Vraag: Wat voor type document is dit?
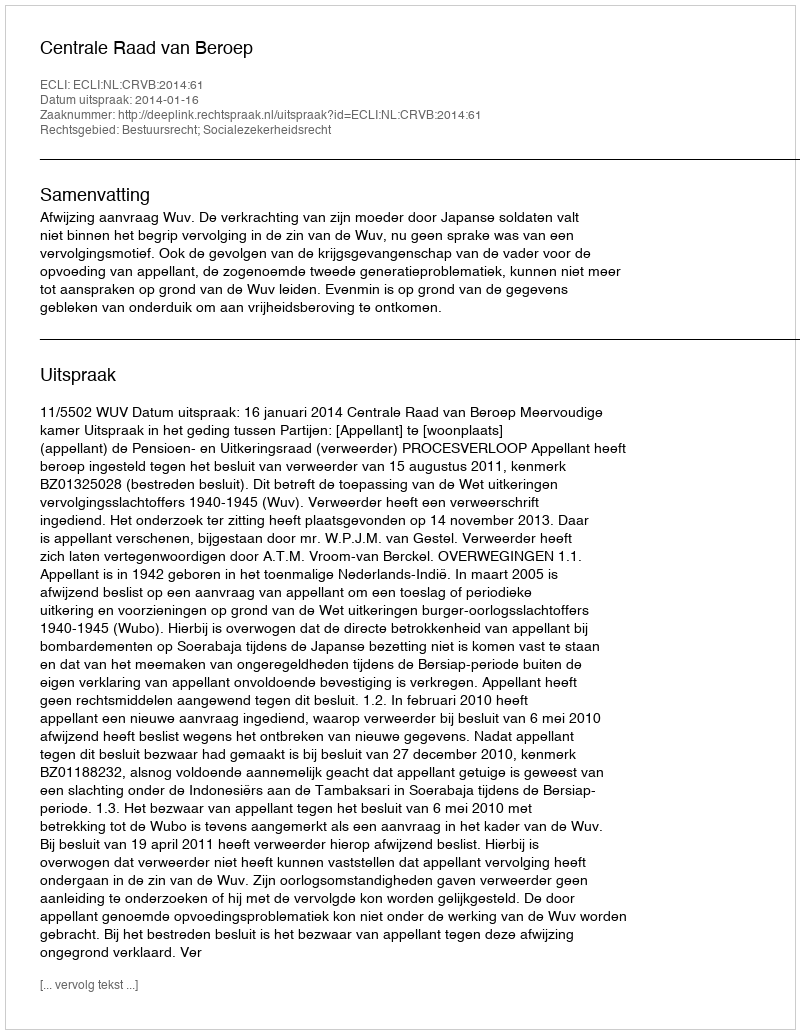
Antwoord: Uitspraak